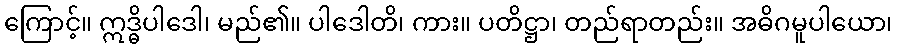
ကြောင့်။ ဣဒ္ဓိပါဒေါ၊ မည်၏။ ပါဒေါတိ၊ ကား။ ပတိဋ္ဌာ၊ တည်ရာတည်း။ အဓိဂမူပါယော၊